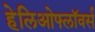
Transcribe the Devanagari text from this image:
हेलिओफ्लॉवर्स